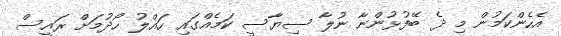
އެހެންކަމުން މި ދެ ބޭފުޅުންނާ ނުލާ ސިޔާސީ ކަމެއްގައި ހައްލު ހޯދުމަށް ރައީސް